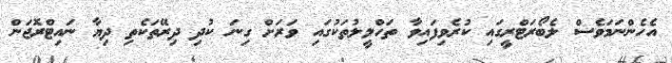
އެހެންނަމަވެސް ލެބޯރަޓްރީގައި ކުރެވިފައިވާ ތަހްލީލުތަކުގައި ވަރަށް ގިނަ ކުދި ދިރޭތަކެތި ދިޔާ ނައިޓްރޮޖަން